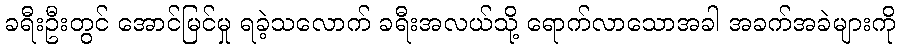
ခရီးဦးတွင် အောင်မြင်မှု ရခဲ့သလောက် ခရီးအလယ်သို့ ရောက်လာသောအခါ အခက်အခဲများကို